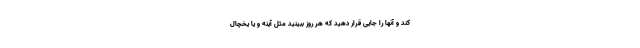
کند و آنها را جایی قرار دهید که هر روز ببینید مثل آینه و یا یخچال